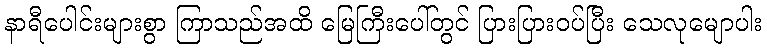
နာရီပေါင်းများစွာ ကြာသည်အထိ မြေကြီးပေါ်တွင် ပြားပြားဝပ်ပြီး သေလုမျောပါး